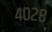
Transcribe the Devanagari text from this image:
४०२८